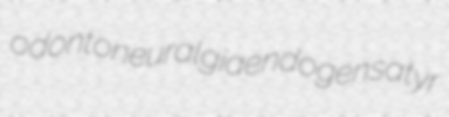
odontoneuralgia endogen satyr